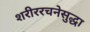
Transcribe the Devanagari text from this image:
शरीररचनेसुद्धा